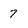
Character: 7